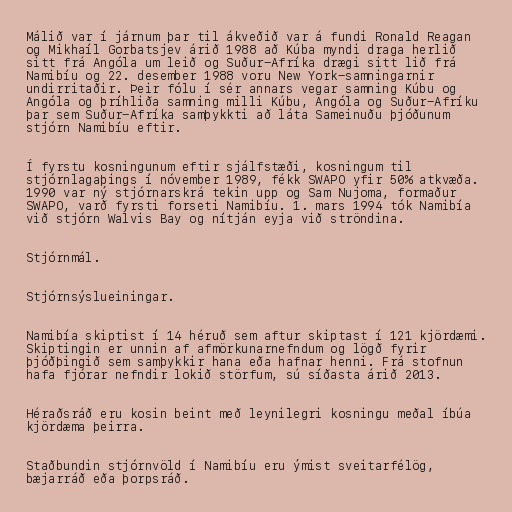
Málið var í járnum þar til ákveðið var á fundi Ronald Reagan
og Mikhaíl Gorbatsjev árið 1988 að Kúba myndi draga herlið
sitt frá Angóla um leið og Suður-Afríka drægi sitt lið frá
Namibíu og 22. desember 1988 voru New York-samningarnir
undirritaðir. Þeir fólu í sér annars vegar samning Kúbu og
Angóla og þríhliða samning milli Kúbu, Angóla og Suður-Afríku
þar sem Suður-Afríka samþykkti að láta Sameinuðu þjóðunum
stjórn Namibíu eftir.

Í fyrstu kosningunum eftir sjálfstæði, kosningum til
stjórnlagaþings í nóvember 1989, fékk SWAPO yfir 50% atkvæða.
1990 var ný stjórnarskrá tekin upp og Sam Nujoma, formaður
SWAPO, varð fyrsti forseti Namibíu. 1. mars 1994 tók Namibía
við stjórn Walvis Bay og nítján eyja við ströndina.

Stjórnmál.

Stjórnsýslueiningar.

Namibía skiptist í 14 héruð sem aftur skiptast í 121 kjördæmi.
Skiptingin er unnin af afmörkunarnefndum og lögð fyrir
þjóðþingið sem samþykkir hana eða hafnar henni. Frá stofnun
hafa fjórar nefndir lokið störfum, sú síðasta árið 2013.

Héraðsráð eru kosin beint með leynilegri kosningu meðal íbúa
kjördæma þeirra.

Staðbundin stjórnvöld í Namibíu eru ýmist sveitarfélög,
bæjarráð eða þorpsráð.